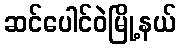
ဆင်ပေါင်ဝဲမြို့နယ်